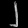
Digit: ၂